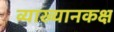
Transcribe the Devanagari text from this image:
व्याख्यानकक्ष